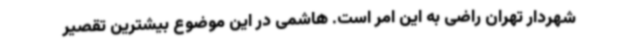
شهردار تهران راضی به این امر است. هاشمی در این موضوع بیشترین تقصیر